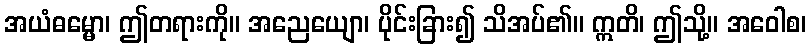
အယံဓမ္မော၊ ဤတရားကို။ အညေယျော၊ ပိုင်းခြား၍ သိအပ်၏။ ဣတိ၊ ဤသို့။ အဝေါစ၊